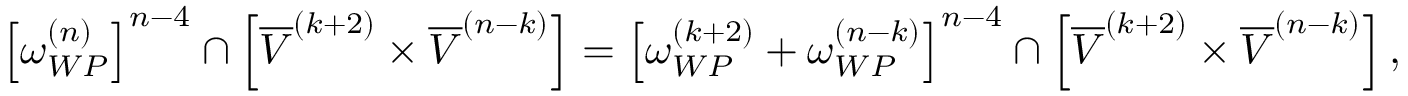
\left[ \omega _ { W P } ^ { ( n ) } \right] ^ { n - 4 } \cap \left[ \overline { { V } } ^ { ( k + 2 ) } \times \overline { { V } } ^ { ( n - k ) } \right] = \left[ \omega _ { W P } ^ { ( k + 2 ) } + \omega _ { W P } ^ { ( n - k ) } \right] ^ { n - 4 } \cap \left[ \overline { { V } } ^ { ( k + 2 ) } \times \overline { { V } } ^ { ( n - k ) } \right] ,